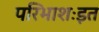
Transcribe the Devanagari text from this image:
परिभाशःइत